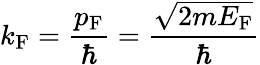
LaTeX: k_{\mathrm{{F}}}={\frac{p_{\mathrm{{F}}}}{\hbar}}={\frac{\sqrt{2mE_{\mathrm{{F}}}}}{\hbar}}